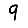
Digit: 9